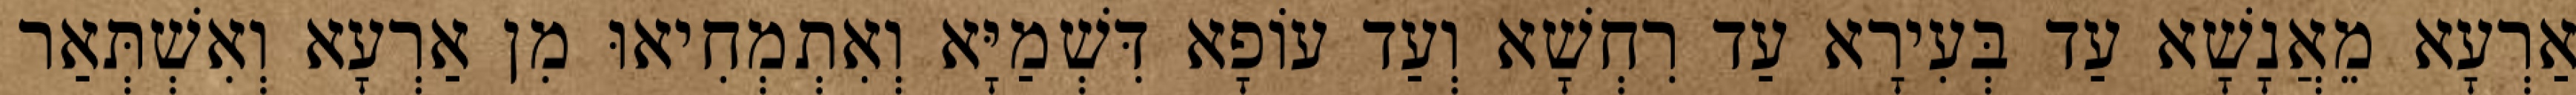
אַרְעָא מֵאֲנָשָׁא עַד בְּעִירָא עַד רִחְשָׁא וְעַד עוֹפָא דִּשְׁמַיָּא וְאִתְמְחִיאוּ מִן אַרְעָא וְאִשְׁתְּאַר